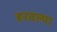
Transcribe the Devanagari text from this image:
हरवल्या